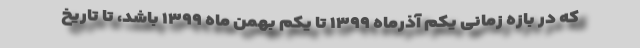
که در بازه زمانی یکم آذرماه ۱۳۹۹ تا یکم بهمن ماه ۱۳۹۹ باشد، تا تاریخ